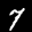
Label: 7